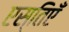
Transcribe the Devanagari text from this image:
एस्तिएँ